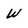
Character: W